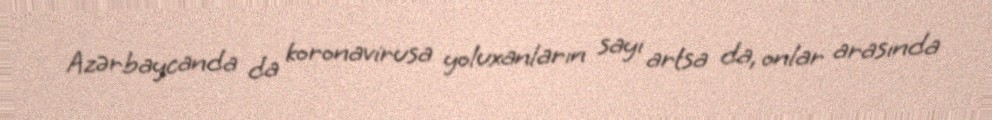
Azərbaycanda da koronavirusa yoluxanların sayı artsa da, onlar arasında